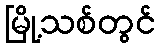
မြို့သစ်တွင်